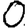
Digit: 0